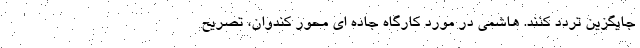
جایگزین تردد کنند. هاشمی در مورد کارگاه جاده ای محور کندوان، تصریح